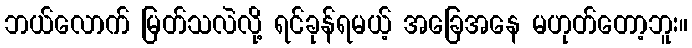
ဘယ်လောက် မြတ်သလဲလို့ ရင်ခုန်ရမယ့် အခြေအနေ မဟုတ်တော့ဘူး။